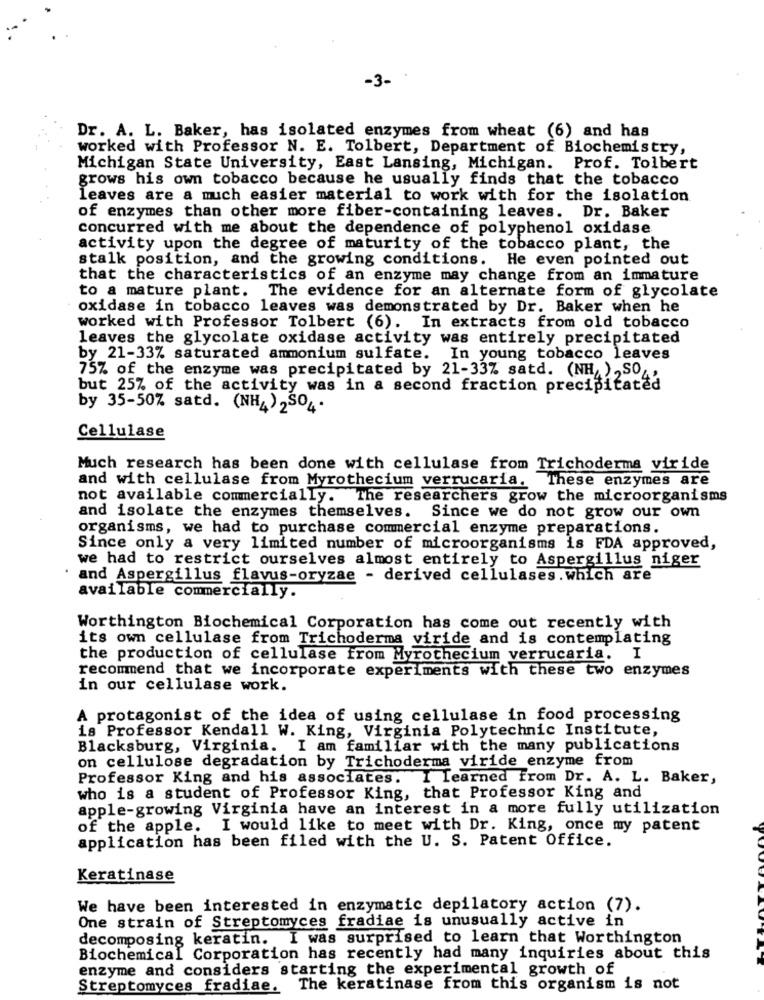
-3-
Dr. A. L. Baker, has isolated enzymes from wheat (6) and has
worked with Professor N. E. Tolbert, Department of Biochemistry,
Michigan State University, East Lansing, Michigan. Prof. Tolbert
grows his own tobacco because he usually finds that the tobacco
leaves are a much easier material to work with for the isolation
of enzymes than other more fiber-containing leaves. Dr. Baker
concurred with me about the dependence of polyphenol oxidase
activity upon the degree of maturity of the tobacco plant, the
stalk position, and the growing conditions. He even pointed out
that the characteristics of an enzyme may change from an immature
to a mature plant. The evidence for an alternate form of glycolate
oxidase in tobacco leaves was demonstrated by Dr. Baker when he
worked with Professor Tolbert (6). In extracts from old tobacco
leaves the glycolate oxidase activity was entirely precipitated
by 21-33% saturated ammonium sulfate.
In young tobacco leaves
75% of the enzyme was precipitated by 21-33% satd. (NH/ ) , SO,
but 25% of the activity was in a second fraction precipitated
by 35-50% satd. (NH4) 2SO4.
Cellulase
Much research has been done with cellulase from Trichoderma viride
and with cellulase from Myrothecium verrucaria. These enzymes are
not available commercially. The researchers grow the microorganisms
and isolate the enzymes themselves. Since we do not grow our own
organisms, we had to purchase commercial enzyme preparations.
Since only a very limited number of microorganisms is FDA approved,
we had to restrict ourselves almost entirely to Aspergillus niger
and Aspergillus flavus-oryzae - derived cellulases.which are
available commercially.
Worthington Biochemical Corporation has come out recently with
its own cellulase from Trichoderma viride and is contemplating
the production of cellulase from Myrothecium verrucaria. I
recommend that we incorporate experiments with these two enzymes
in our cellulase work.
A protagonist of the idea of using cellulase in food processing
is Professor Kendall W. King, Virginia Polytechnic Institute,
Blacksburg, Virginia. I am familiar with the many publications
on cellulose degradation by Trichoderma viride enzyme from
Professor King and his associates. I Learned from Dr. A. L. Baker,
who is a student of Professor King, that Professor King and
apple-growing Virginia have an interest in a more fully utilization
of the apple. I would like to meet with Dr. King, once my patent
application has been filed with the U. S. Patent Office.
Keratinase
We have been interested in enzymatic depilatory action (7).
One strain of Streptomyces fradiae is unusually active in
decomposing keratin. I was surprised to learn that Worthington
Biochemical Corporation has recently had many inquiries about this
enzyme and considers starting the experimental growth of
Streptomyces fradiae.
The keratinase from this organism is not